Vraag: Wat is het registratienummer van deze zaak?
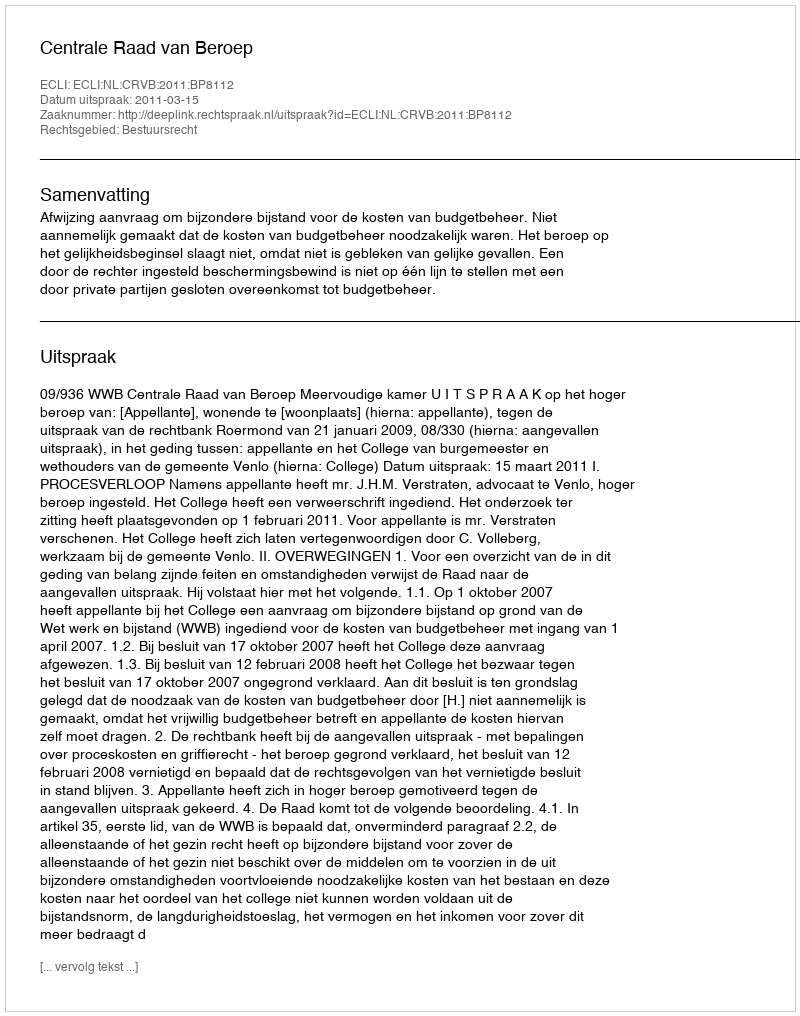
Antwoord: http://deeplink.rechtspraak.nl/uitspraak?id=ECLI:NL:CRVB:2011:BP8112